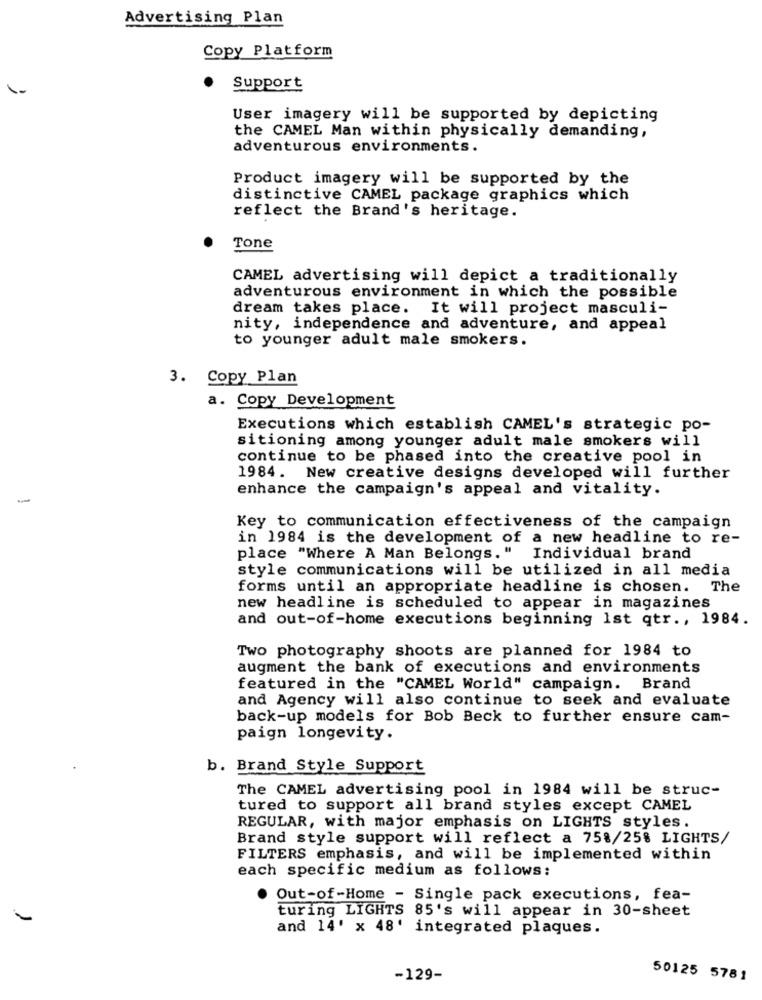
Advertising Plan
Copy Platform
Support
User imagery will be supported by depicting
the CAMEL Man within physically demanding,
adventurous environments.
Product imagery will be supported by the
distinctive CAMEL package graphics which
reflect the Brand's heritage.
Tone
CAMEL advertising will depict a traditionally
adventurous environment in which the possible
dream takes place. It will project masculi-
nity, independence and adventure, and appeal
to younger adult male smokers.
3. Copy Plan
a. Copy Development
Executions which establish CAMEL's strategic po-
sitioning among younger adult male smokers will
continue to be phased into the creative pool in
1984. New creative designs developed will further
enhance the campaign's appeal and vitality.
Key to communication effectiveness of the campaign
in 1984 is the development of a new headline to re-
place "Where A Man Belongs." Individual brand
style communications will be utilized in all media
forms until an appropriate headline is chosen.
The
new headline is scheduled to appear in magazines
and out-of-home executions beginning Ist qtr ., 1984.
Two photography shoots are planned for 1984 to
augment the bank of executions and environments
featured in the "CAMEL World" campaign. Brand
and Agency will also continue to seek and evaluate
back-up models for Bob Beck to further ensure cam-
paign longevity.
b. Brand Style Support
The CAMEL advertising pool in 1984 will be struc-
tured to support all brand styles except CAMEL
REGULAR, with major emphasis on LIGHTS styles.
Brand style support will reflect a 758/25% LIGHTS/
FILTERS emphasis, and will be implemented within
each specific medium as follows:
Out-of-Home - Single pack executions, fea-
turing LIGHTS 85's will appear in 30-sheet
and 14' x 48' integrated plaques.
-129-
50125 5781